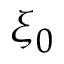
\xi _ { 0 }